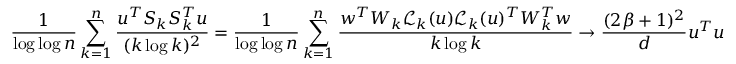
\frac { 1 } { \log \log n } \sum _ { k = 1 } ^ { n } \frac { u ^ { T } S _ { k } S _ { k } ^ { T } u } { ( k \log k ) ^ { 2 } } = \frac { 1 } { \log \log n } \sum _ { k = 1 } ^ { n } \frac { w ^ { T } W _ { k } \mathcal { L } _ { k } ( u ) \mathcal { L } _ { k } ( u ) ^ { T } W _ { k } ^ { T } w } { k \log k } \to \frac { ( 2 \beta + 1 ) ^ { 2 } } { d } u ^ { T } u